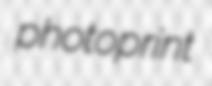
photoprint